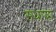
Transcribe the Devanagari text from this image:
सधाया